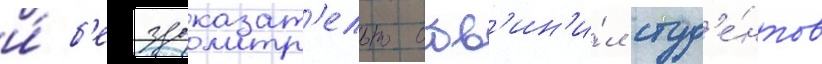
и́ б'ездоказат'ельно обв'ин'и́л студ'е́нтов